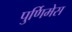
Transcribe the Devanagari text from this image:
पुर्णिमेस